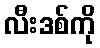
လီးဒစ်ကို